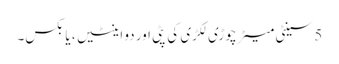
5 سینٹی میٹر چوڑی لکڑی کی پٹی اور دو اینٹیں ، یا بکس۔